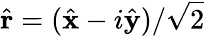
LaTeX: \hat{\mathbf r}=(\hat{\mathbf x}-i\hat{\mathbf y})/\sqrt{2}